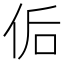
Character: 𰂀